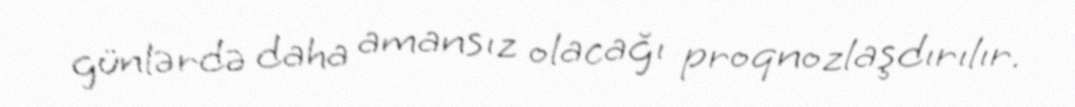
günlərdə daha amansız olacağı proqnozlaşdırılır.